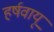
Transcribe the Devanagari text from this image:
हर्षवायू